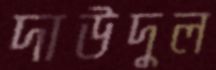
দাউদুল